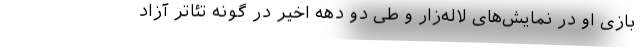
بازی او در نمایش‌های لاله‌زار و طی دو دهه اخیر در گونه تئاتر آزاد